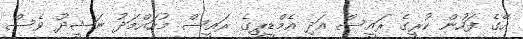
އޭގެ ފަހުން ކުރީގެ ރައީސް އަދި އެމްޑީޕީގެ ރައީސް މުހައްމަދު ނަޝީދު ވެސް